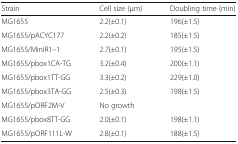
<table><thead><tr><td><b>Strain</b></td><td><b>Cell size (μm)</b></td><td><b>Doubling time (min)</b></td></tr></thead><tbody><tr><td>MG1655</td><td>2.2(±0.1)</td><td>196(±1.5)</td></tr><tr><td>MG1655/pACYC177</td><td>2.2(±0.2)</td><td>185(±1.5)</td></tr><tr><td>MG1655/MiniR1–1</td><td>2.7(±0.1)</td><td>195(±1.5)</td></tr><tr><td>MG1655/pbox1CA-TG</td><td>3.2(±0.4)</td><td>200(±1.1)</td></tr><tr><td>MG1655/pbox1TT-GG</td><td>3.3(±0.2)</td><td>229(±1.0)</td></tr><tr><td>MG1655/pbox3TA-GG</td><td>2.5(±0.3)</td><td>198(±1.5)</td></tr><tr><td>MG1655/pORF2M-V</td><td colspan="2">No growth</td></tr><tr><td>MG1655/pbox8TT-GG</td><td>2.0(±0.1)</td><td>198(±1.1)</td></tr><tr><td>MG1655/pORF111L-W</td><td>2.8(±0.1)</td><td>188(±1.5)</td></tr></tbody></table>